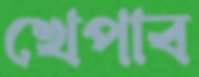
খেপাব